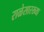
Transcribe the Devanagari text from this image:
राळेसारख्या